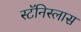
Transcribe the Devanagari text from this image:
स्टॅनिस्लास